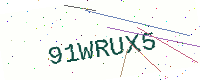
Text: 91WRUX5